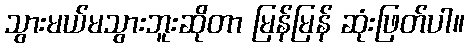
သွားမယ်မသွားဘူးဆိုတာ မြန်မြန် ဆုံးဖြတ်ပါ။